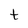
Character: t